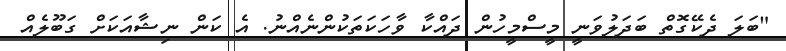
"ބަލަ ދެކޭގޮތް ބަދަލުވަނީ މީސްމީހުން ދައްކާ ވާހަކަތަކުންނެއްނު. އެ ކަން ނިޝާއަކަށް ގަބޫލެއް